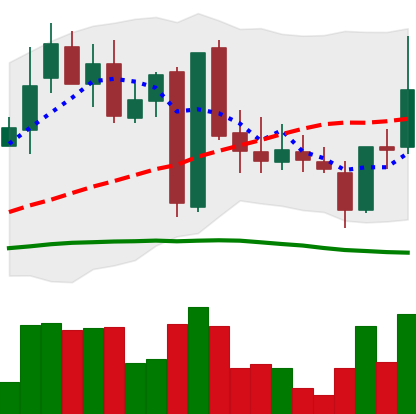
Ticker: LINK-USD
Chart end date: 2019-03-07
Forward return: 7.178%
Label: up_7plus